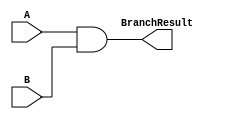
`timescale 1ns / 1ps


module Branch(A, B, BranchResult);

    input A, B;

    output reg BranchResult;

    always @(A,B) begin
        BranchResult <= A & B;
    end
    
endmodule